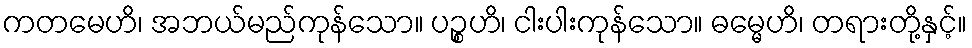
ကတမေဟိ၊ အဘယ်မည်ကုန်သော။ ပဉ္စဟိ၊ ငါးပါးကုန်သော။ ဓမ္မေဟိ၊ တရားတို့နှင့်။